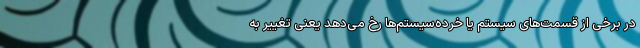
در برخی از قسمت‌های سیستم یا خرده‌سیستم‌ها رخ می‌دهد یعنی تغییر به